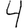
Digit: 4